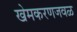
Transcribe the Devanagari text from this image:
खेमकरणजवळ